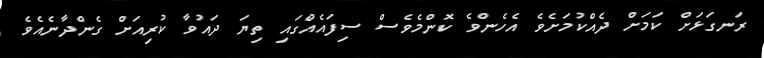
ރަނގަޅަށް ކަމަށް ދެއްކުމަށެވެ އެހެންވެ ކޮންމެވެސް ސިފައެއްގައި ތިޔަ ދައުވާ ކުރިއަށް ގެންދާނެއެވެ